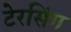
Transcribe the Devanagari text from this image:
टेरसिंग